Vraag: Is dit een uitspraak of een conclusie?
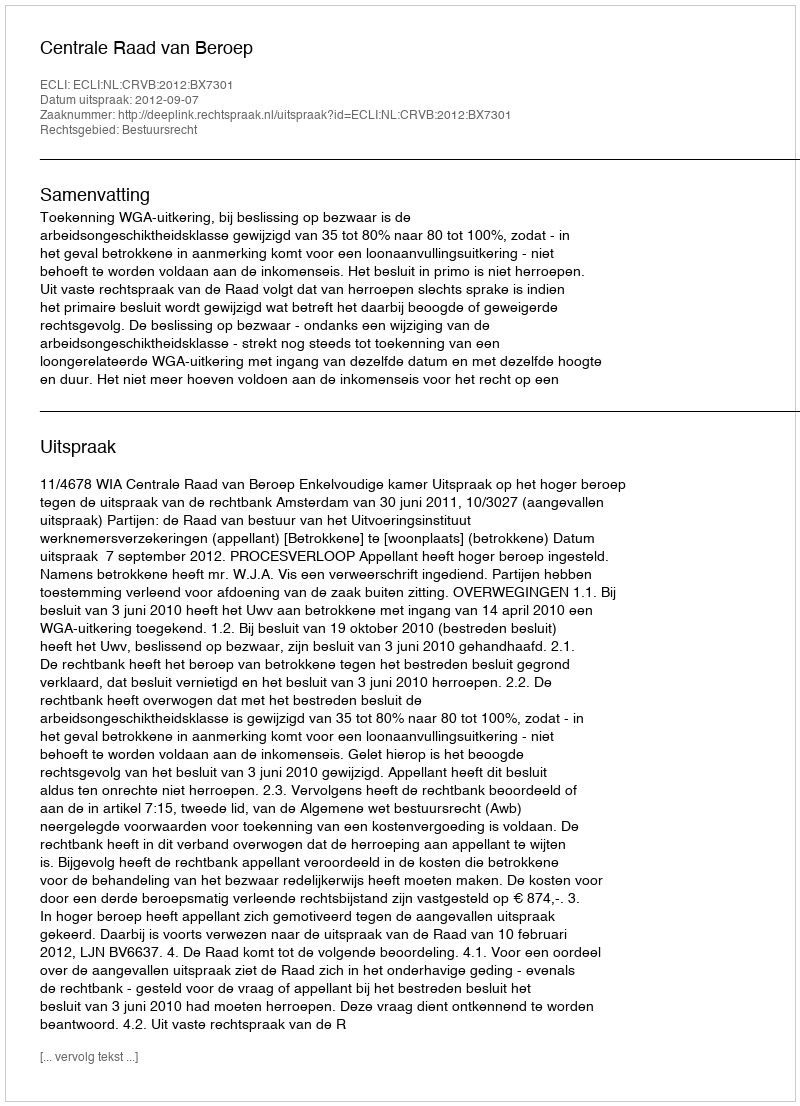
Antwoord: Uitspraak